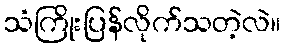
သံကြိုးပြန်လိုက်သတဲ့လဲ။